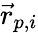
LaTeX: \vec{r}_{p,i}